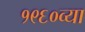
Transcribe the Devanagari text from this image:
१९६०व्या